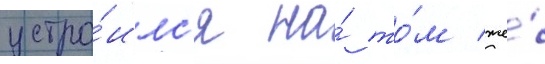
устро́илс'я на́ то́м же́